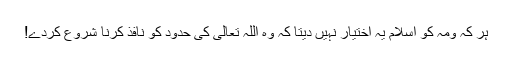
ہر کہ ومہ کو اسلام یہ اختیار نہیں دیتا کہ وہ اللہ تعالیٰ کی حدود کو نافذ کرنا شروع کردے!